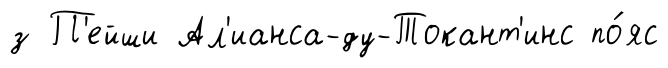
з П'ейши Ал'ианса-ду-Токант'инс по́яс